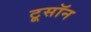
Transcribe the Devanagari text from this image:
टूसॉन